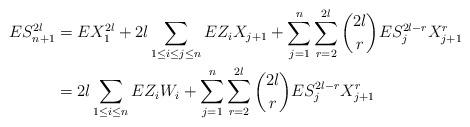
LaTeX: \begin{align*}ES_{n+1}^{2l}&=EX_1^{2l}+2l \sum_{1\le i\le j \le n }E Z_i X_{j+1}+\sum_{j=1}^n \sum_{r=2}^{2l} {2l\choose r}ES_j^{2l-r}X_{j+1}^r\\&=2l \sum_{1\le i \le n }E Z_i W_i+\sum_{j=1}^n \sum_{r=2}^{2l}{2l\choose r}ES_j^{2l-r}X_{j+1}^r\end{align*}